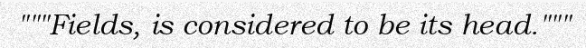
"""Fields, is considered to be its head."""